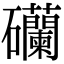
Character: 𥗺